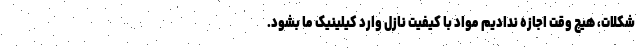
شکلات، هیچ وقت اجازه ندادیم مواد با کیفیت نازل وارد کیلینیک ما بشود.